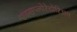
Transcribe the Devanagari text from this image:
एक्सप्लोरेटोरिअम